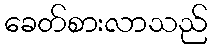
ခေတ်စားလာသည်